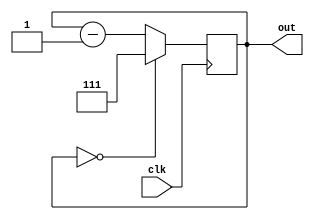
`timescale 1ns / 1ps
//////////////////////////////////////////////////////////////////////////////////
// Company: 
// Engineer: 
// 
// Design Name: 
// Module Name: excounter
// Project Name: 
// Target Devices: 
// Tool Versions: 
// Description: 
// 
// Dependencies: 
// 
// Revision:
// Revision 0.01 - File Created
// Additional Comments:
// 
//////////////////////////////////////////////////////////////////////////////////


module excounter(clk, out);
input clk;                    // 
output reg [2:0] out;             // 

always @(posedge clk)  begin  // 1
    if(out == 3'b000)
        out <= 3'b111;
    else
        out <= out-1;
                           // 
end                           
endmodule